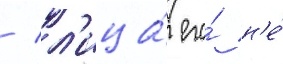
/ л'ица́ его́ н'е́